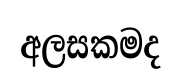
අලසකමද